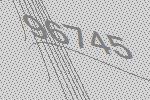
96745